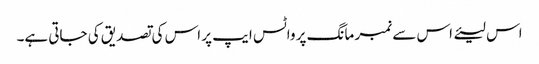
اس لیئے اس سے نمبر مانگ پر واٹس ایپ پر اس کی تصدیق کی جاتی ہے۔